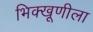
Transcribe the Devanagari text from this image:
भिक्खूणीला